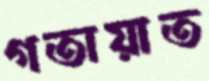
গতায়াত